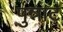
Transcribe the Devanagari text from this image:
पुन्नाट